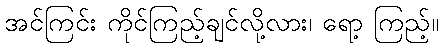
အင်ကြင်း ကိုင်ကြည့်ချင်လို့လား၊ ရော့ ကြည့်။